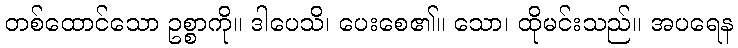
တစ်ထောင်သော ဥစ္စာကို။ ဒါပေသိ၊ ပေးစေ၏။ သော၊ ထိုမင်းသည်။ အပရေန